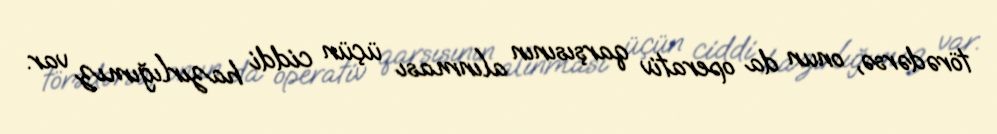
törədərsə, onun da operativ qarşısının alınması üçün ciddi hazırlığımız var.